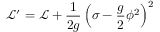
\mathcal { L } ^ { \prime } = \mathcal { L } + \frac { 1 } { 2 g } \left( \sigma - \frac { g } { 2 } \phi ^ { 2 } \right) ^ { 2 }